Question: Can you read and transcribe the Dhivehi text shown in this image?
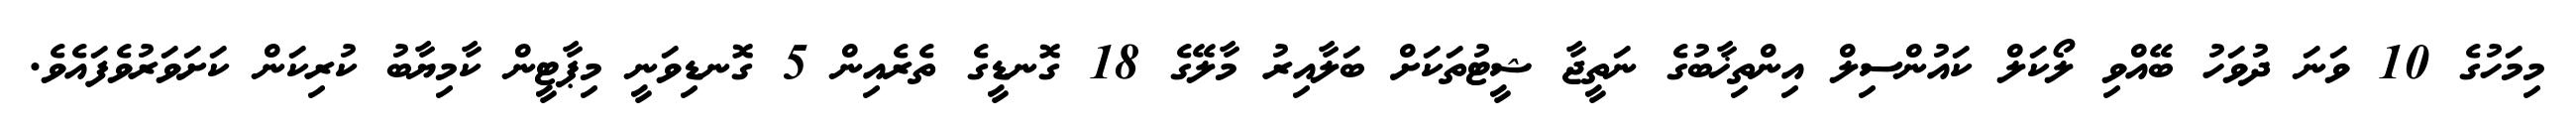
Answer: މިމަހުގެ 10 ވަނަ ދުވަހު ބޭއްވި ލޯކަލް ކައުންސިލް އިންތިޚާބުގެ ނަތީޖާ ޝީޓުތަކަށް ބަލާއިރު މާލޭގެ 18 ގޮނޑީގެ ތެރެއިން 5 ގޮނޑިވަނީ މިޕާޓީން ކާމިޔާބު ކުރިކަން ކަށަވަރުވެފައެވެ.